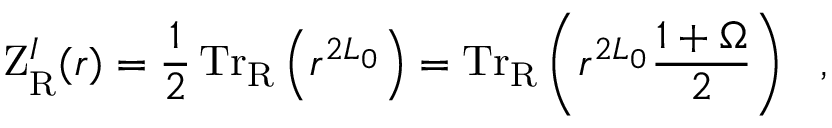
\mathrm { Z } _ { \mathrm { R } } ^ { I } ( r ) = \frac { 1 } { 2 } \, \mathrm { T r } _ { \mathrm { R } } \left( r ^ { 2 L _ { 0 } } \right) = \mathrm { T r } _ { \mathrm { R } } \left( r ^ { 2 L _ { 0 } } { \frac { 1 + \Omega } { 2 } } \right) ~ ~ ,